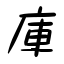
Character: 庫